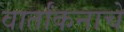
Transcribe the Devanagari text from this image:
वार्तांकनाचे